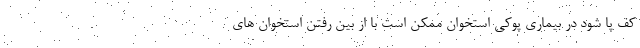
کف پا شود در بیماری پوکی استخوان ممکن است با از بین رفتن استخوان های